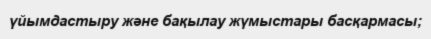
үйымдастыру және бақылау жүмыстары басқармасы;